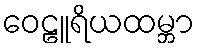
ဝေဠူရိယထမ္ဘာ